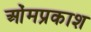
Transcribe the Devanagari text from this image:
ओंमप्रकाश